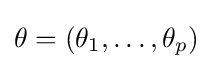
\theta =(\theta _{1},\ldots ,\theta _{p})